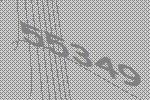
55349